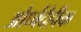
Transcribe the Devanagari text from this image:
और्ध्वदैहीक